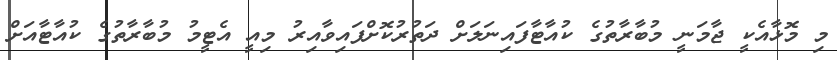
މި މޮޅާއެކީ ޖާމަނީ މުބާރާތުގެ ކުއާޓާފައިނަލަށް ދަތުރުކޮށްފައިވާއިރު މިއީ އެޓީމު މުބާރާތުގެ ކުއާޓާއަށް